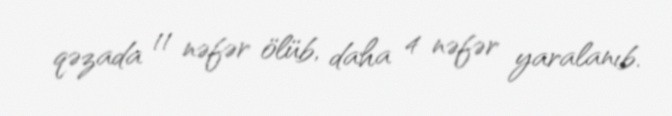
qəzada 11 nəfər ölüb, daha 4 nəfər yaralanıb.